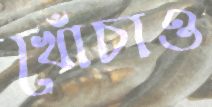
খোঁচাও